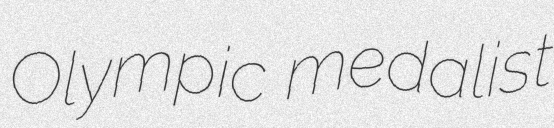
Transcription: Olympic medalist